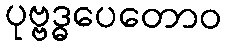
ပုဗ္ဗဒ္ဓပေတောဝ